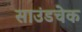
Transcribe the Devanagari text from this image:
साउंडचेक